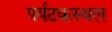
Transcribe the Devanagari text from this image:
पर्यटकस्थल